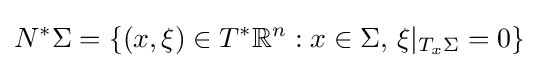
N^{*}\Sigma =\{(x,\xi )\in T^{*}\mathbb {R} ^{n}:x\in \Sigma ,\,\xi |_{T_{x}\Sigma }=0\}